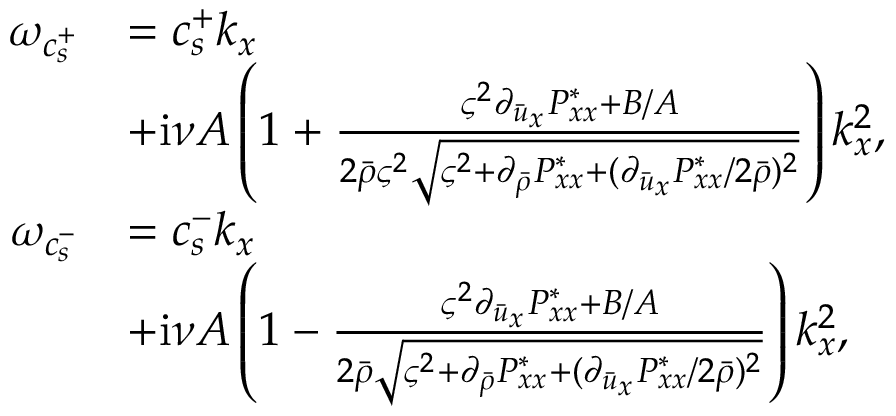
\begin{array} { r l } { \omega _ { c _ { s } ^ { + } } } & { = c _ { s } ^ { + } k _ { x } } \\ & { + \mathrm { i } \nu A \left( 1 + \frac { \varsigma ^ { 2 } \partial _ { \bar { u } _ { x } } P _ { x x } ^ { * } + B / A } { 2 \bar { \rho } \varsigma ^ { 2 } \sqrt { \varsigma ^ { 2 } + \partial _ { \bar { \rho } } P _ { x x } ^ { * } + ( \partial _ { \bar { u } _ { x } } P _ { x x } ^ { * } / 2 \bar { \rho } ) ^ { 2 } } } \right) k _ { x } ^ { 2 } , } \\ { \omega _ { c _ { s } ^ { - } } } & { = c _ { s } ^ { - } k _ { x } } \\ & { + \mathrm { i } \nu A \left( 1 - \frac { \varsigma ^ { 2 } \partial _ { \bar { u } _ { x } } P _ { x x } ^ { * } + B / A } { 2 \bar { \rho } \sqrt { \varsigma ^ { 2 } + \partial _ { \bar { \rho } } P _ { x x } ^ { * } + ( \partial _ { \bar { u } _ { x } } P _ { x x } ^ { * } / 2 \bar { \rho } ) ^ { 2 } } } \right) k _ { x } ^ { 2 } , } \end{array}